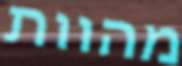
מהוות